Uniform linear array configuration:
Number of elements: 32
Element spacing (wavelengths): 0.5
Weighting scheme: cosine
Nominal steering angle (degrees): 45
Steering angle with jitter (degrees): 44.988
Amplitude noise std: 0.05
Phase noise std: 0.05

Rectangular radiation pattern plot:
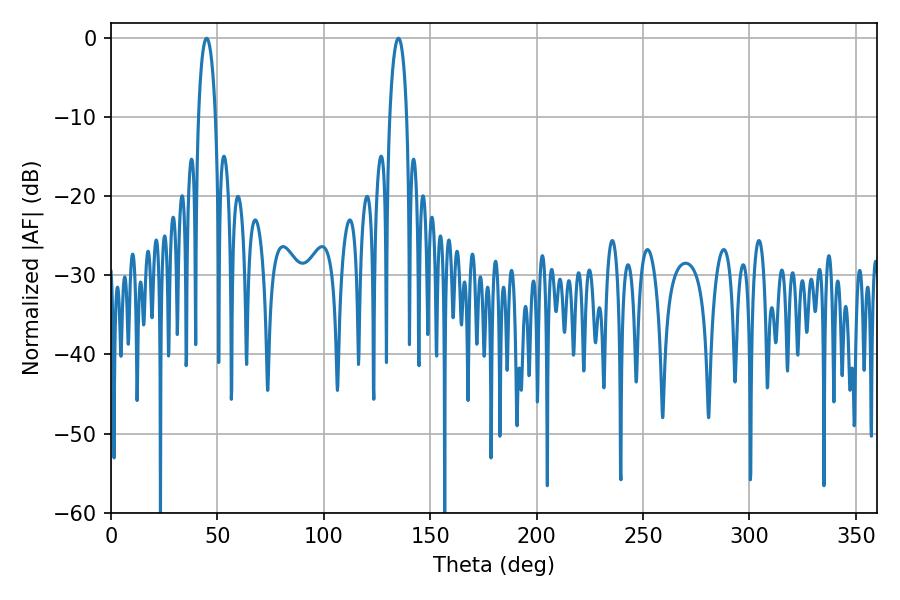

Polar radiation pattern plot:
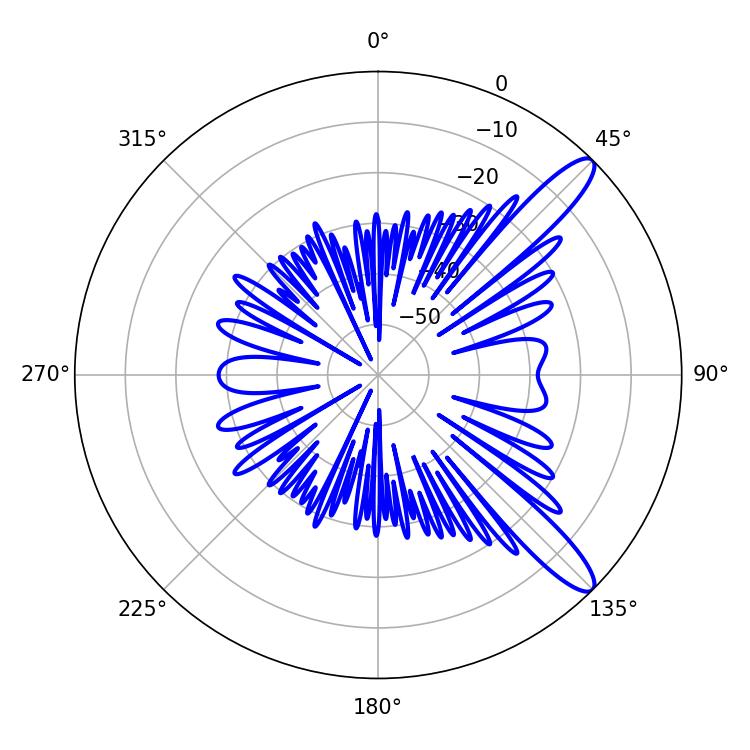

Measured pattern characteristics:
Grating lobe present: FALSE
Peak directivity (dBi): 12.042
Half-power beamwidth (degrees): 4.5
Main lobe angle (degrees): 45